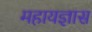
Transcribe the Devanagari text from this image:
महायज्ञास